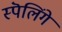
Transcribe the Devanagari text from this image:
स्पॆलिंगे